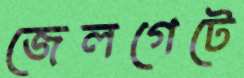
জেলগেটে